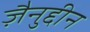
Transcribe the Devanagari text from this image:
ज़ैनुद्दीन